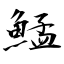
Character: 鯭